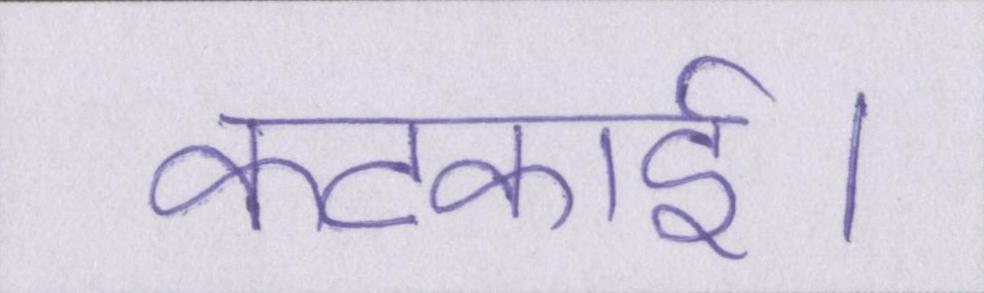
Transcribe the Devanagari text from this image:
कटकाई।